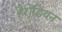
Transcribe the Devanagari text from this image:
हैरोडियन